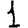
Digit: 1